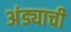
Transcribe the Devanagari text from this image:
अंड्याची